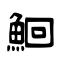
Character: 鮰